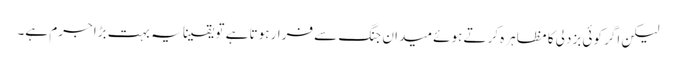
لیکن اگر کوئی بزدلی کا مظاہرہ کرتے ہوئے میدان جنگ سے فرار ہوتا ہے تو یقینا یہ بہت بڑا جرم ہے۔